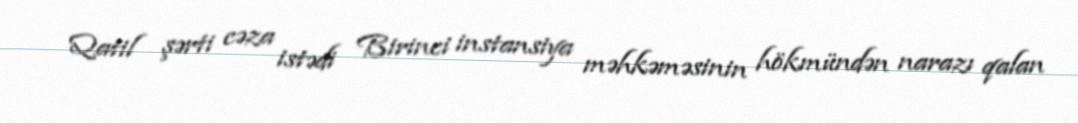
Qatil şərti cəza istədi Birinci instansiya məhkəməsinin hökmündən narazı qalan